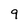
Character: 9